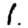
Digit: 1